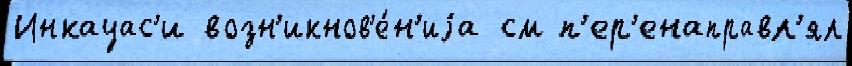
Инкауас'и возн'икнов'е́н'иjа см п'ер'енаправл'ял